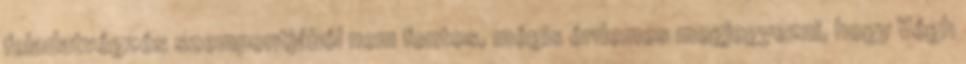
feladatvégzés szempontjából nem fontos, mégis érdemes megjegyezni, hogy Végh